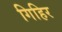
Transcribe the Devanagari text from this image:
गिहिर